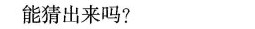
能猜出来吗?